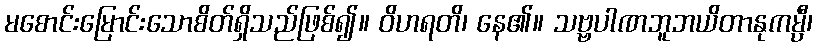
မစောင်းမြောင်းသောစိတ်ရှိသည်ဖြစ်၍။ ဝိဟရတိ၊ နေ၏။ သဗ္ဗပါဏဘူဘယိတာနုကမ္ပီ၊